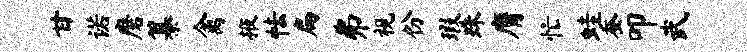
甘诺磨纂禽掖怯扁弗视份瑕珠膺忙蛙蚕叩武